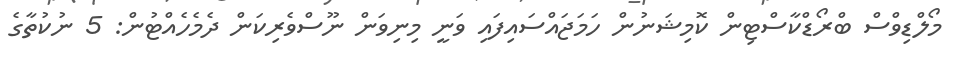
މޯލްޑިވްސް ބްރޯޑްކާސްޓިން ކޮމިޝަނުން ހަމަޖައްސައިފައި ވަނީ މިނިވަން ނޫސްވެރިކަން ދެމެހެއްޓުން: 5 ނުކުތާގެ